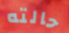
حالته